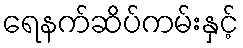
ရေနက်ဆိပ်ကမ်းနှင့်